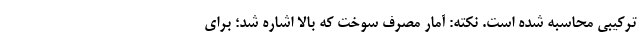
ترکیبی محاسبه شده است. نکته: آمار مصرف سوخت که بالا اشاره شد؛ برای